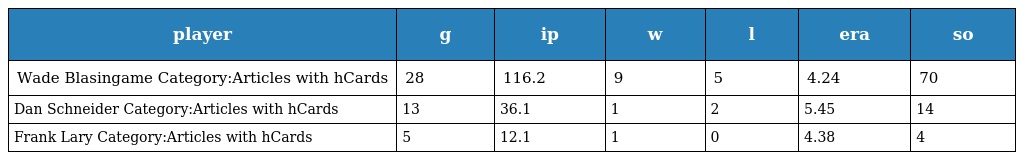
| player | g | ip | w | l | era | so |
 | --- | --- | --- | --- | --- | --- | --- |
 | Wade Blasingame Category:Articles with hCards | 28 | 116.2 | 9 | 5 | 4.24 | 70 |
 | Dan Schneider Category:Articles with hCards | 13 | 36.1 | 1 | 2 | 5.45 | 14 |
 | Frank Lary Category:Articles with hCards | 5 | 12.1 | 1 | 0 | 4.38 | 4 |